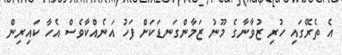
އެ ތެރޭގައި ހުރި ޒުވާނާގެ މޫނު ޒަމާންގަނޑަކަށް ފަހު އަނެއްކާވެސް އެހާ ކައިރިން